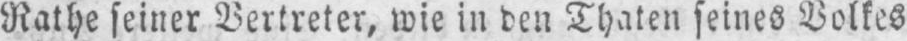
Rathe seiner Vertreter, wie in den Thaten seines Volkes